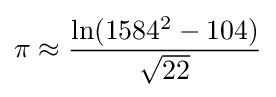
\pi \approx {\frac {\ln(1584^{2}-104)}{\sqrt {22}}}